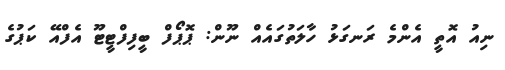
ނިއު އޮތީ އެންމެ ރަނގަޅު ހާލަތުގައެއް ނޫން: ޕޮޕޯފް ބީފިފްޓީޓޫ އެފްއޭ ކަޕުގެ